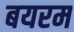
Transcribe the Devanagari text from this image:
बयरम